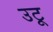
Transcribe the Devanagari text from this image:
उटू